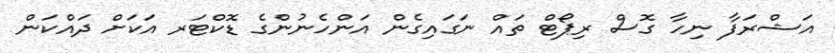
އަޝްރަފާ ނިހާ ގޮސް ރިޕޯޓް ތައް ނަގައިގެން އަންހެނުންގެ ޑޮކްޓަރ އަކަށް ދައްކަން